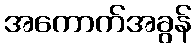
အကောက်အခွန်